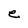
Character: e